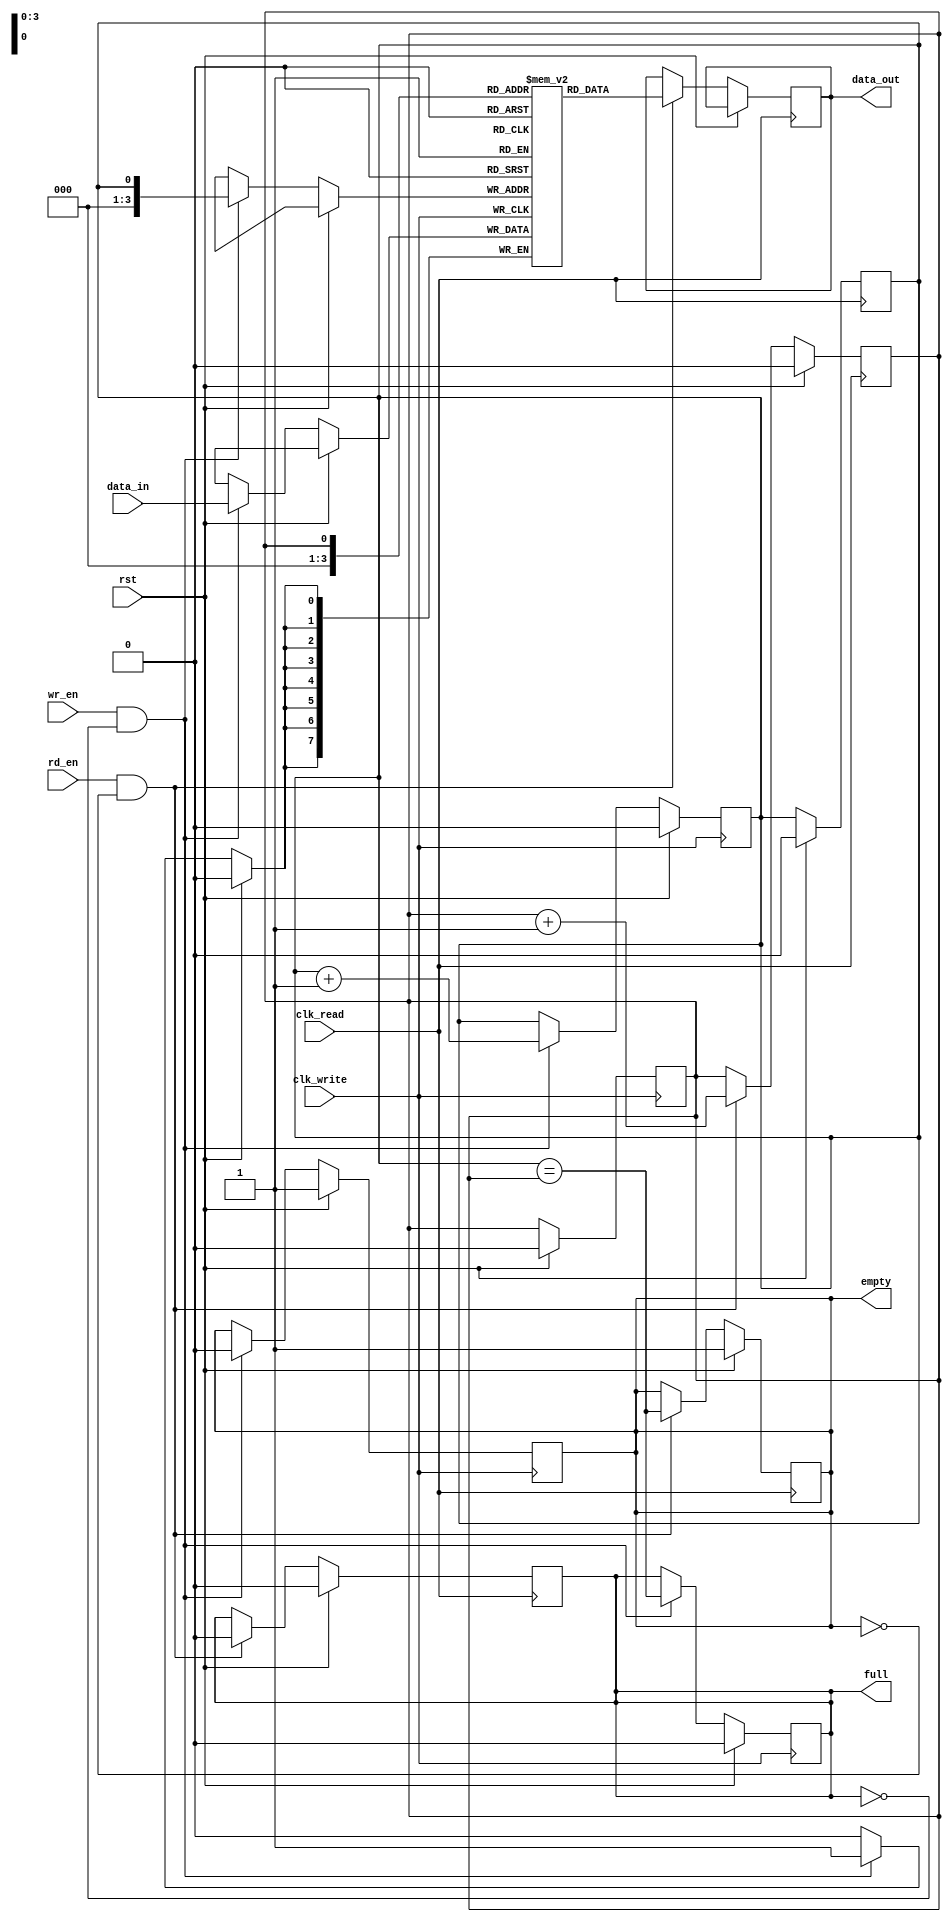
module synchronous_fifo_buffer (
    input wire clk_write,
    input wire clk_read,
    input wire rst,
    input wire wr_en,
    input wire rd_en,
    input wire [7:0] data_in,
    output reg [7:0] data_out,
    output reg empty,
    output reg full
);

reg [7:0] fifo [15:0];
reg wr_ptr = 4'd0;
reg rd_ptr = 4'd0;

always @(posedge clk_write) begin
    if (rst) begin
        wr_ptr <= 4'd0;
        rd_ptr <= 4'd0;
        empty <= 1'b1;
        full <= 1'b0;
    end
    else begin
        if (wr_en && !full) begin
            fifo[wr_ptr] <= data_in;
            wr_ptr <= wr_ptr + 1;
            full <= (wr_ptr == rd_ptr);
            empty <= 0;
        end
    end
end

always @(posedge clk_read) begin
    if (rst) begin
        wr_ptr <= 4'd0;
        rd_ptr <= 4'd0;
        empty <= 1'b1;
        full <= 1'b0;
    end
    else begin
        if (rd_en && !empty) begin
            data_out <= fifo[rd_ptr];
            rd_ptr <= rd_ptr + 1;
            empty <= (wr_ptr == rd_ptr);
            full <= 0;
        end
    end
end

endmodule